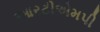
આરટીએમપી